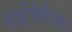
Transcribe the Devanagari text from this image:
नाईजेरिया